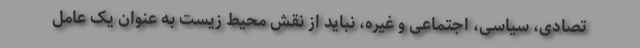
تصادی، سیاسی، اجتماعی و غیره، نباید از نقش محیط زیست به عنوان یک عامل